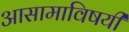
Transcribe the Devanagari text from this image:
आसामाविषयी